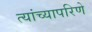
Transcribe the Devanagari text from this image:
त्यांच्यापरिणे